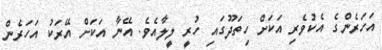
އަހަރެންގެ އެކުވެރި އަކަށް ހިތަދޫގައި ހުރީ ލީލާއެވެ. އޭނާ އަކަށް އޭރަކު އަހަރެން